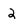
Character: 2